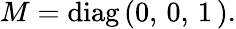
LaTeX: M=\mathrm{diag}\, (0,\, 0,\, 1\, ).